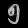
Digit: ၅